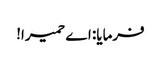
فرمایا: اے حمیرا!